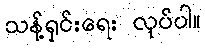
သန့်ရှင်းရေး လုပ်ပါ။